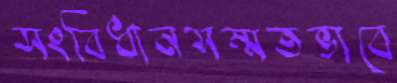
সংবিধানসম্মতভাবে